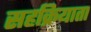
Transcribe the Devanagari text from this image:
सहक्रियाता